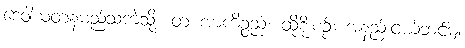
ဒေဝါယတနမည်သကဲ့သို့။ တံ အာကိဉ္စညံ၊ ထိုစိုးစဉ်း အနည်းငယ်ဘင်မျှ